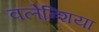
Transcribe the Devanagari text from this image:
वलेन्शिया